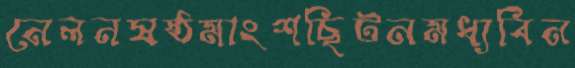
নেলনষষ্ঠমাংশছিটনমধ্যবিন